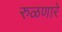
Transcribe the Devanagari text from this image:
रुळणारे